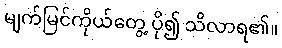
မျက်မြင်ကိုယ်တွေ့ ပို၍ သိလာရ၏။